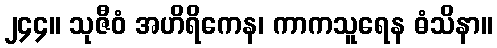
၂၄၄။ သုဇီဝံ အဟိရိကေန၊ ကာကသူရေန ဓံသိနာ။